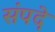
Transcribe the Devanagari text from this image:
संपदे